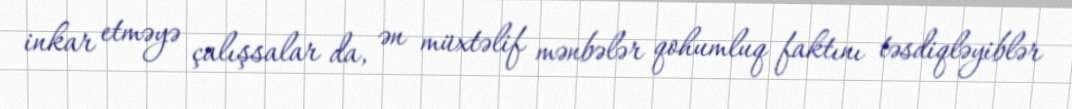
inkar etməyə çalışsalar da, ən müxtəlif mənbələr qohumluq faktını təsdiqləyiblər